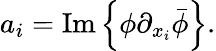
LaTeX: a_{i}=\mathrm{{Im}}\left\{ \phi\partial_{x_{i}}\bar{\phi}\right\} .